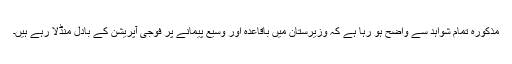
مذکورہ تمام شواہد سے واضح ہو رہا ہے کہ وزیرستان میں باقاعدہ اور وسیع پیمانے پر فوجی آپریشن کے بادل منڈلا رہے ہیں۔